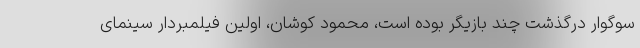
سوگوار درگذشت چند بازیگر بوده است، محمود کوشان، اولین فیلمبردار سینمای